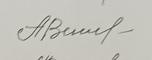
Signature authenticity: genuine